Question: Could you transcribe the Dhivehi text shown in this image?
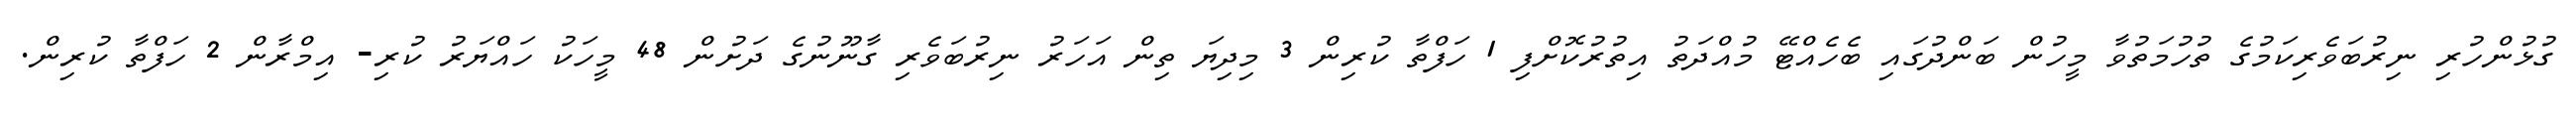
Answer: ގުޅުންހުރި ނިރުބަވެރިކަމުގެ ތުހުމަތުވާ މީހުން ބަންދުގައި ބެހެއްޓޭ މުއްދަތު އިތުރުކޮށްފި 1 ހަފްތާ ކުރިން 3 މިދިޔަ ތިން އަހަރު ނިރުބަވެރި ގާނޫނުގެ ދަށުން 48 މީހަކު ހައްޔަރު ކުރި- އިމްރާން 2 ހަފްތާ ކުރިން.